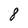
Character: 8